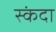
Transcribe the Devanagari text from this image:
स्कंदा